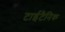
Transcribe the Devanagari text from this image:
टाईटैनिक